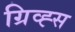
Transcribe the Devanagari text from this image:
ग्रिव्ह्स